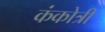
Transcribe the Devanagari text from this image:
कंकोत्री